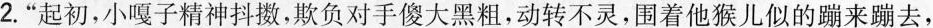
2.”起初，小嘎子精神抖擞，欺负对手傻大黑粗，动转不灵，围着他猴儿似的蹦来蹦去，